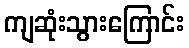
ကျဆုံးသွားကြောင်း